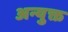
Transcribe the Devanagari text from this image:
अन्युक्त